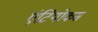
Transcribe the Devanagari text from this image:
एंटियोकस